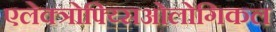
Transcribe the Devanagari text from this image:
एलेक्त्रोफ्य्सिओलोगिकल